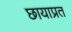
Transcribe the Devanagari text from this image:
छायाप्रत